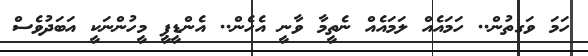
ހަމަ ވަގތުން.. ހަމައެއް ލަމައެއް ނެތީމާ ވާނީ އެހެން.. އެންޑީޕީ މީހުންނަކީ އަބަދުވެސް